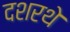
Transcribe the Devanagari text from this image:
दशरथे